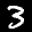
Label: 3